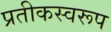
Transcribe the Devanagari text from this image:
प्रतीकस्वरूप